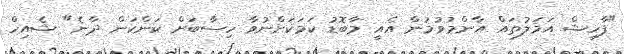
"ފާހިޝް އަމަލުތައް އާންމުވުމުން އެއީ މާބޮޑު ކަމަކަށްނުވާ ހިސާބަށް ކަންކަން ދާނެ" ޝެއިހް